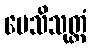
ပေသိသုတ္တံ